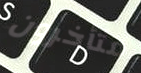
متأخرون